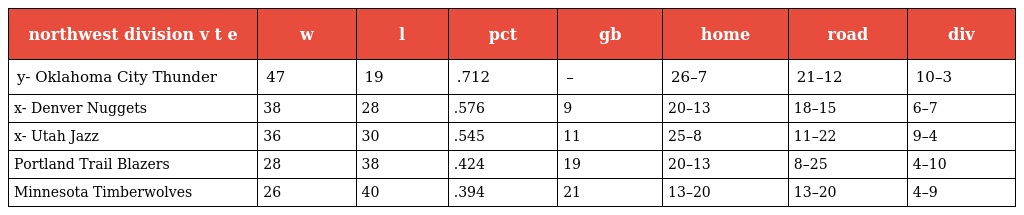
| northwest division v t e | w | l | pct | gb | home | road | div |
 | --- | --- | --- | --- | --- | --- | --- | --- |
 | y- Oklahoma City Thunder | 47 | 19 | .712 | – | 26–7 | 21–12 | 10–3 |
 | x- Denver Nuggets | 38 | 28 | .576 | 9 | 20–13 | 18–15 | 6–7 |
 | x- Utah Jazz | 36 | 30 | .545 | 11 | 25–8 | 11–22 | 9–4 |
 | Portland Trail Blazers | 28 | 38 | .424 | 19 | 20–13 | 8–25 | 4–10 |
 | Minnesota Timberwolves | 26 | 40 | .394 | 21 | 13–20 | 13–20 | 4–9 |